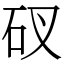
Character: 䂘